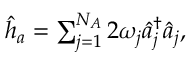
\begin{array} { r } { \hat { h } _ { a } = \sum _ { j = 1 } ^ { N _ { A } } 2 \omega _ { j } \hat { a } _ { j } ^ { \dagger } \hat { a } _ { j } , } \end{array}